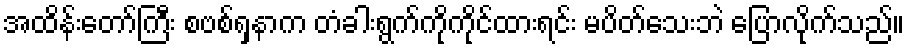
အထိန်းတော်ကြီး စဗစ်ရှနာက တံခါးရွက်ကိုကိုင်ထားရင်း မပိတ်သေးဘဲ ပြောလိုက်သည်။